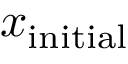
x _ { \mathrm { { i n i t i a l } } }